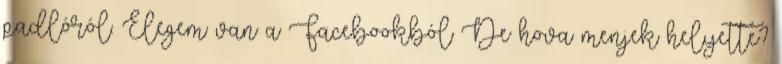
padlóról. Elegem van a Facebookból De hova menjek helyette?